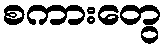
စကားတွေ